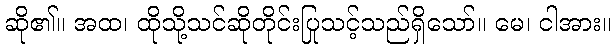
ဆို၏။ အထ၊ ထိုသို့သင်ဆိုတိုင်းပြုသင့်သည်ရှိသော်။ မေ၊ ငါအား။